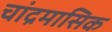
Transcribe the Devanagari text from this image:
चांद्रमासिक